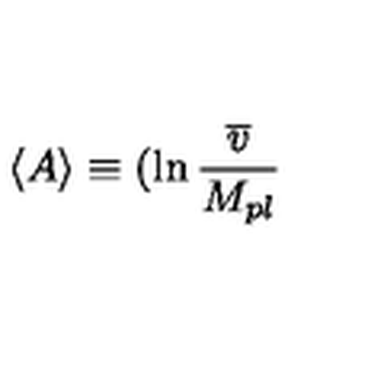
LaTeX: \left\langle A \right\rangle \equiv ( \ln \frac { \overline { { v } } } { M _ { p l } }